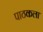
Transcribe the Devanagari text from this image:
पाठकला